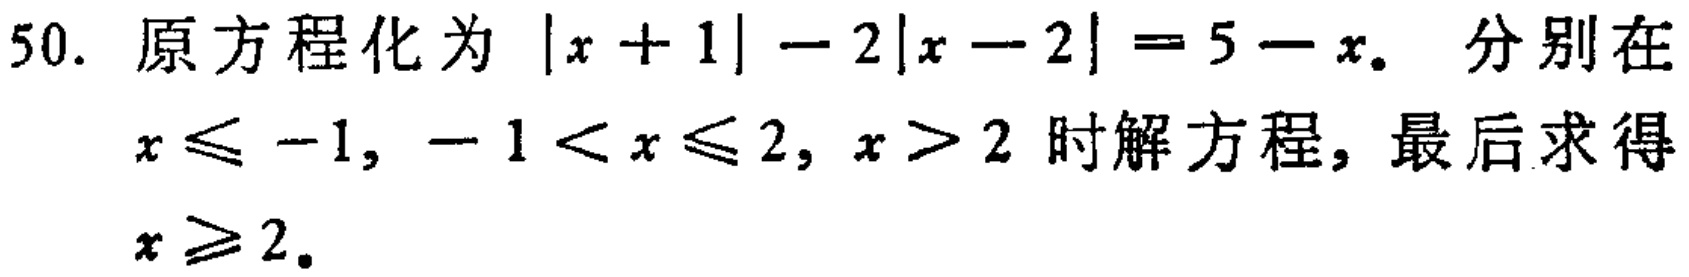
50. 原方程化为 \(|x + 1| - 2|x - 2| = 5 - x\). 分别在 \(x\leqslant -1\), \(-1 < x\leqslant 2\), \(x > 2\) 时解方程，最后求得 \(x\geqslant 2\).